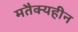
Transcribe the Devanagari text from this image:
मतैक्यहीन